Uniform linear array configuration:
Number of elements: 64
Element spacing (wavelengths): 0.5
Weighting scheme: uniform
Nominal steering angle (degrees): -15
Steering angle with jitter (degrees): -14.085
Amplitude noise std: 0.05
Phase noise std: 0.05

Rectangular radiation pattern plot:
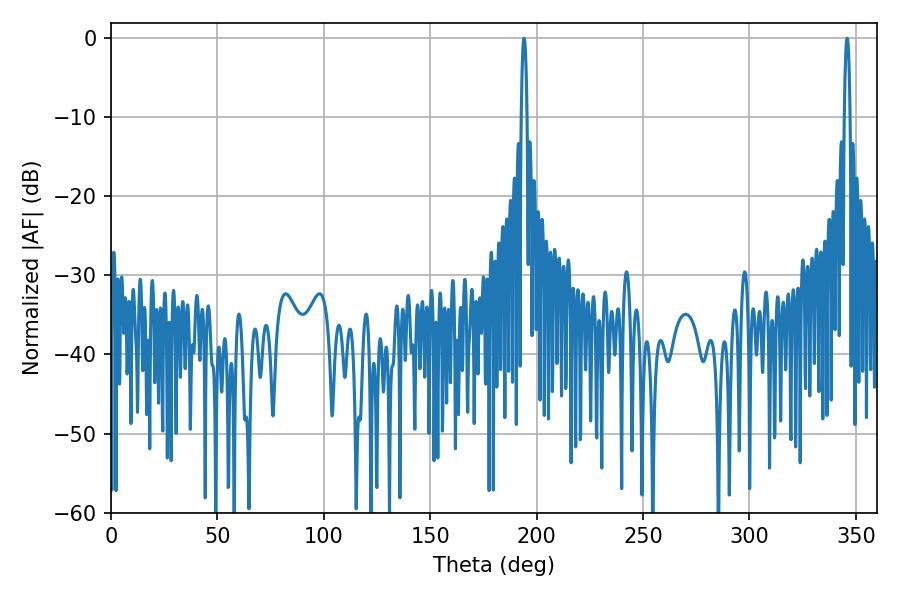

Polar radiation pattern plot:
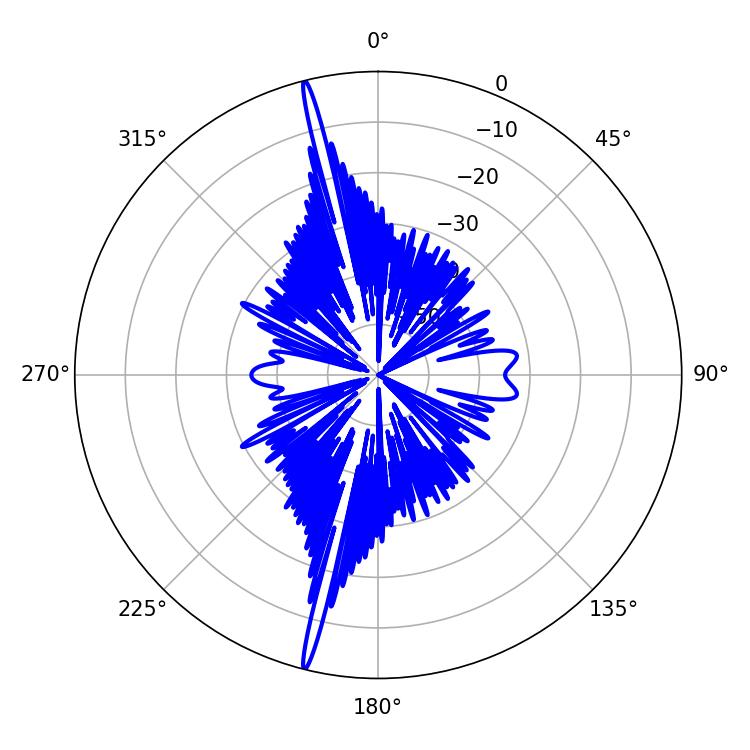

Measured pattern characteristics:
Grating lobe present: FALSE
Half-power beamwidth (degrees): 1.44
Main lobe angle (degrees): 194.04